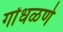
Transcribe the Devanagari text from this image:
गोंधळणे